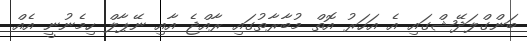
ބަންގްލަދޭޝްގައި އެ އަހަރު އޮތް މުބާރާތުގައި ރާއްޖެ އާއި ނޭޕާލް ހިމެނުނީ އެއް